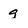
Character: g